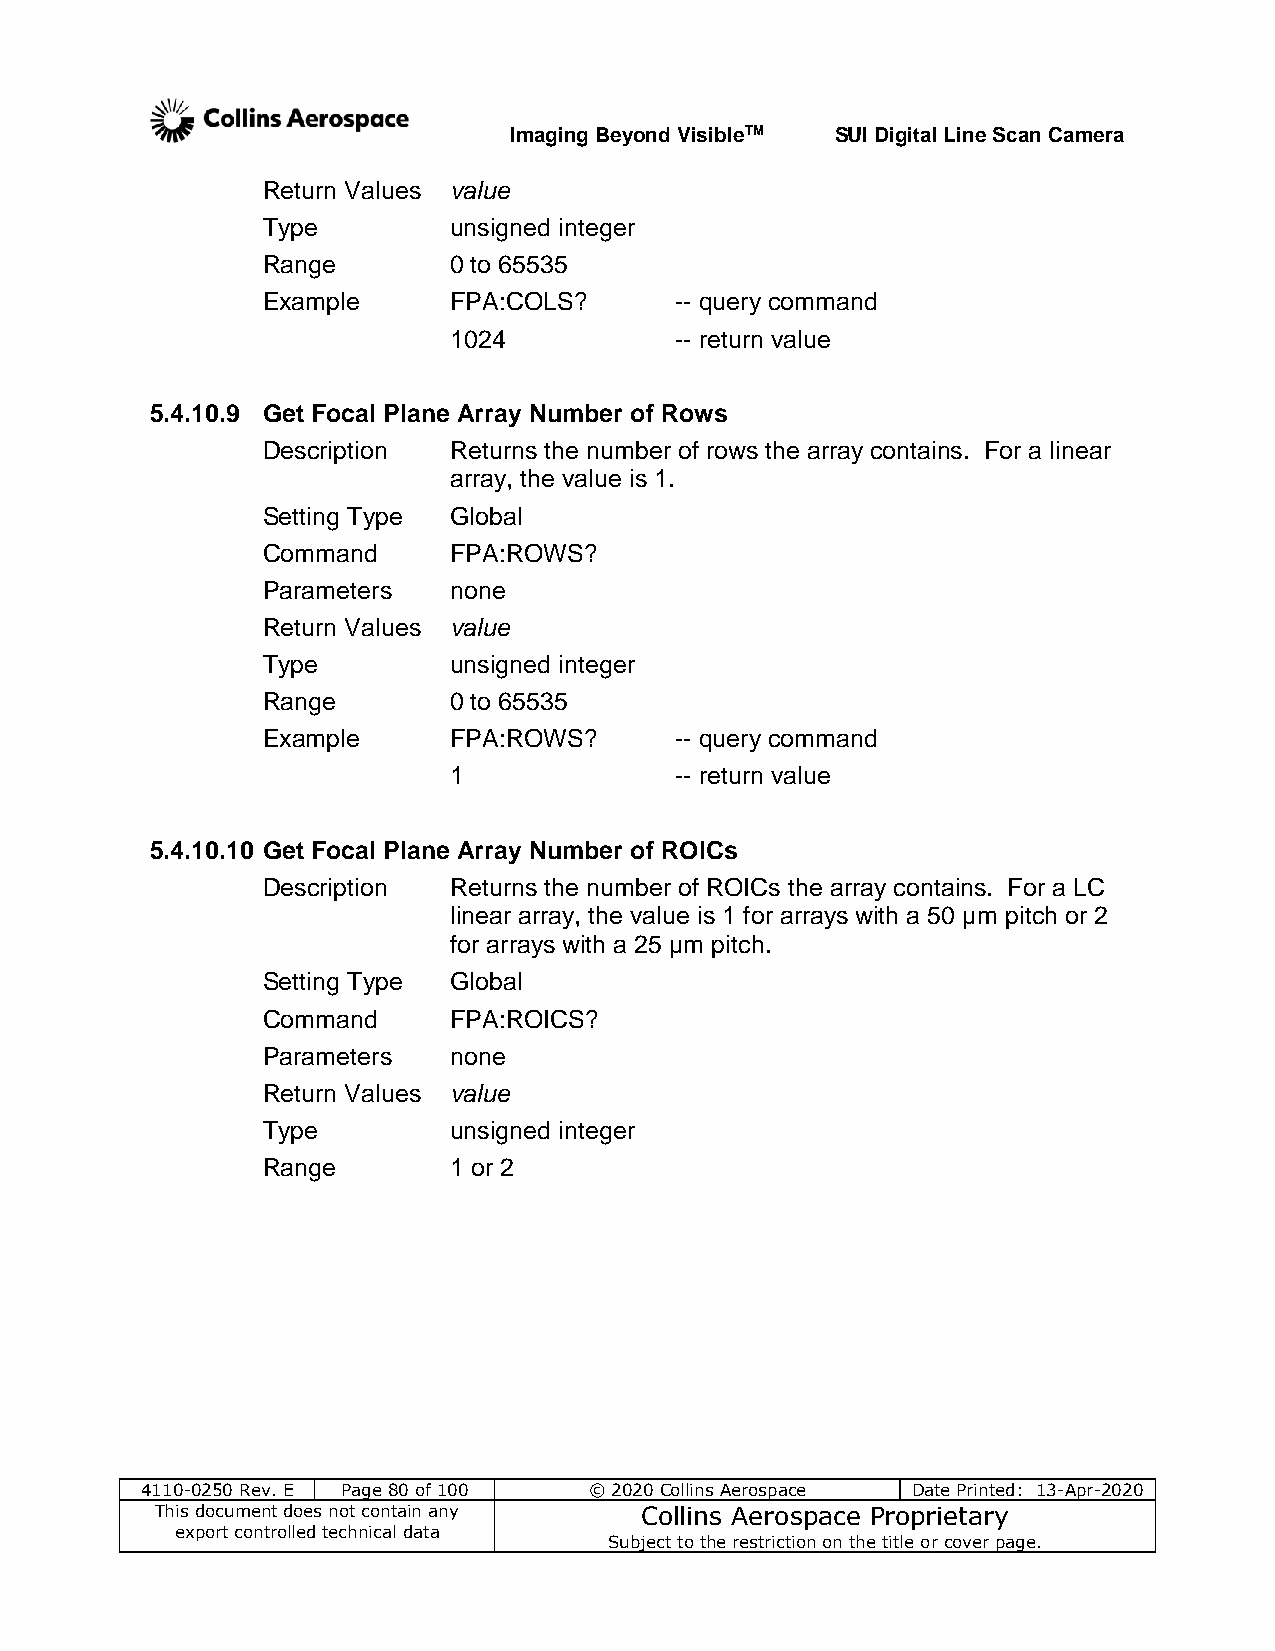
Imaging Beyond VisibleTM SUI Digital Line Scan Camera
 Return Values value
 Type         unsigned integer
 Range        0 to 65535
 Example      FPA:COLS?      -- query command
 1024           -- return value
 5.4.10.9 Get Focal Plane Array Number of Rows
 Description  Returns the number of rows the array contains. For a linear
 array, the value is 1.
 Setting Type Global
 Command      FPA:ROWS?
 Parameters   none
 Return Values value
 Type         unsigned integer
 Range        0 to 65535
 Example      FPA:ROWS?      -- query command
 1              -- return value
 5.4.10.10 Get Focal Plane Array Number of ROICs
 Description  Returns the number of ROICs the array contains. For a LC
 linear array, the value is 1 for arrays with a 50 µm pitch or 2
 for arrays with a 25 µm pitch.
 Setting Type Global
 Command      FPA:ROICS?
 Parameters   none
 Return Values value
 Type         unsigned integer
 Range        1 or 2
 4110-0250 Rev. E Page 80 of 100 © 2020 Collins Aerospace Date Printed: 13-Apr-2020
 This document does not contain any Collins Aerospace Proprietary
 export controlled technical data
 Subject to the restriction on the title or cover page.